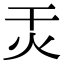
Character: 㶣